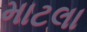
માટલા